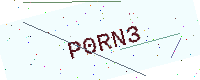
Text: P0RN3